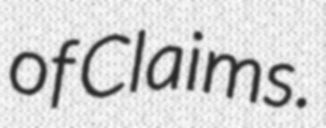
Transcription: of Claims.